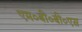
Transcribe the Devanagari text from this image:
एम०बी०बी०एस